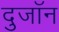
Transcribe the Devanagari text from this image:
दुजॉन